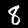
Digit: 8